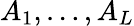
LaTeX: A_{1},\ldots,A_{L}